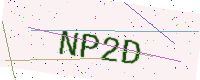
Text: NP2D